Lock hospitals Punjab
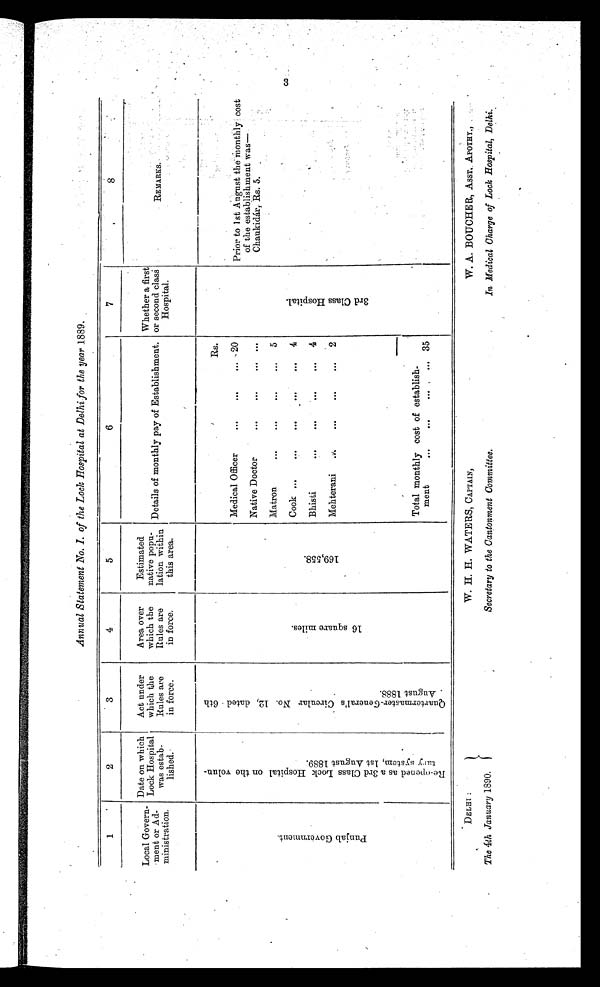
DELHI :
The 4th January 1890.
W. H. H. WATERS, CAPTAIN,
Secretary to the Cantonment Committee.
W. A. BOUCHER, ASST. APOTHY.,
In Medical Charge of Lock Hospital, Delhi.
Annual Statement No. I. of the Lock Hospital at Delhi for the year 1889.
1
2
3
4
5
6
7
8
Local Govern-
ment or Ad-
ministration.
Date on which
Lock Hospital
was estab-
lished.
Act under
which the
Rules are
in force.
Area over
which the
Rules are
in force.
Estimated
native popu-
lation within
this area.
Details of monthly pay of Establishment
.
Whether a first
or second clas
s Hospital.
R E M A R K S .
P u n j a b G o v e r n m e n t .
R e - o p e n e d a s a 3 r d C l a s s L o c k H o s p i t a l o n t h e v o l u n - t u r y s y s t e m , 1 s t A u g u s t 1 8 8 9 .
Q u a r t e r m a s t e r G e n e r a l ' s C i r c u l a r N o . 1 2 , d a t e d 6 t h A u g u s t 1 8 8 8 .
1 6 s q u a r e m i l e s .
1 6 9 , 5 5 8 .
'
Rs.
3 r d C l a s s H o s p i t a l .
Medical Officer
...
. . .
... 20
Native Doctor
. . .
. . .
. . .
. . .
Matron
. . .
...
. . .
...
5
Cook...
. . .
. . .
. . .
. . .
4
Bhisti
. . .
...
. . .
. . .
4
Mehterani
. . .
. . .
. . .
. . .
2
Total monthly cost of establish-
ment ... ... ... ...
35
3